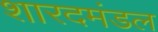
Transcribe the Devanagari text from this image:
शारदमंडल